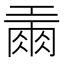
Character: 𢀪